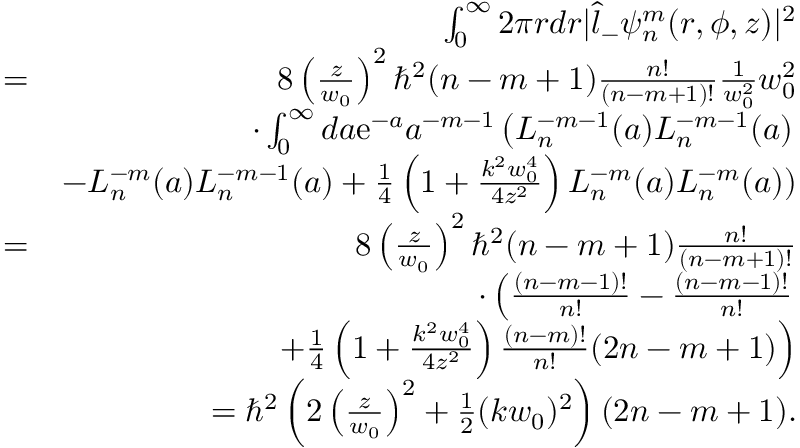
\begin{array} { r l r } & { } & { \int _ { 0 } ^ { \infty } 2 \pi r d r | \hat { l } _ { - } \psi _ { n } ^ { m } ( r , \phi , z ) | ^ { 2 } } \\ & { = } & { 8 \left( \frac { z } { w _ { 0 } } \right) ^ { 2 } \hbar ^ { 2 } ( n - m + 1 ) \frac { n ! } { ( n - m + 1 ) ! } \frac { 1 } { w _ { 0 } ^ { 2 } } w _ { 0 } ^ { 2 } } \\ & { } & { \cdot \int _ { 0 } ^ { \infty } d a \mathrm { e } ^ { - a } a ^ { - m - 1 } \left( L _ { n } ^ { - m - 1 } ( a ) L _ { n } ^ { - m - 1 } ( a ) \right. } \\ & { } & { - L _ { n } ^ { - m } ( a ) L _ { n } ^ { - m - 1 } ( a ) + \frac { 1 } { 4 } \left( 1 + \frac { k ^ { 2 } w _ { 0 } ^ { 4 } } { 4 z ^ { 2 } } \right) L _ { n } ^ { - m } ( a ) L _ { n } ^ { - m } ( a ) ) } \\ & { = } & { 8 \left( \frac { z } { w _ { 0 } } \right) ^ { 2 } \hbar ^ { 2 } ( n - m + 1 ) \frac { n ! } { ( n - m + 1 ) ! } } \\ & { } & { \cdot \left( \frac { ( n - m - 1 ) ! } { n ! } - \frac { ( n - m - 1 ) ! } { n ! } \right. } \\ & { } & { \left. + \frac { 1 } { 4 } \left( 1 + \frac { k ^ { 2 } w _ { 0 } ^ { 4 } } { 4 z ^ { 2 } } \right) \frac { ( n - m ) ! } { n ! } ( 2 n - m + 1 ) \right) } \\ & { } & { = \hbar ^ { 2 } \left( 2 \left( \frac { z } { w _ { 0 } } \right) ^ { 2 } + \frac { 1 } { 2 } ( k w _ { 0 } ) ^ { 2 } \right) ( 2 n - m + 1 ) . } \end{array}